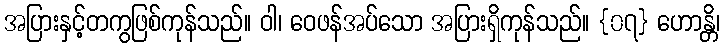
အပြားနှင့်တကွဖြစ်ကုန်သည်။ ဝါ၊ ဝေဖန်အပ်သော အပြားရှိကုန်သည်။ {၀၇} ဟောန္တိ၊